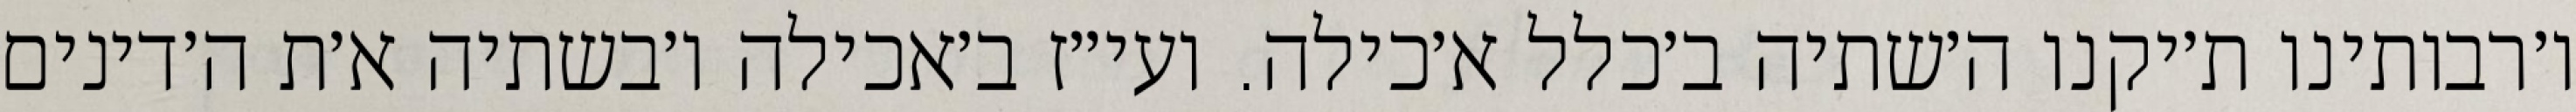
ו׳רבותינו ת׳יקנו ה׳שתיה ב׳כלל א׳כילה. ועי״ז ב׳אכילה ו׳בשתיה א׳ת ה׳דינים